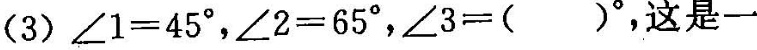
(3)∠1=45°，∠2=65°，∠3=()°，这是一